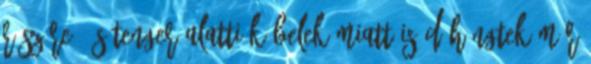
részére, és tenger alatti kábelek miatt is dühöngtek már